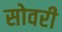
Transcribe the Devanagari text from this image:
सोवरी